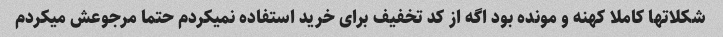
شکلاتها کاملا کهنه و مونده بود اگه از کد تخفیف برای خرید استفاده نمیکردم حتما مرجوعش میکردم